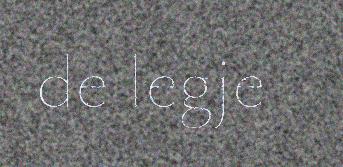
de legje